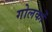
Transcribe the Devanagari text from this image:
गोलकों